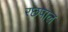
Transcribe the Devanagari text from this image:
रछपाल